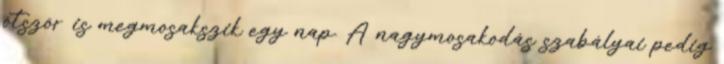
ötször is megmosakszik egy nap. A nagymosakodás szabályai pedig